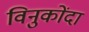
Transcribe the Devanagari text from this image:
विनुकोंदा